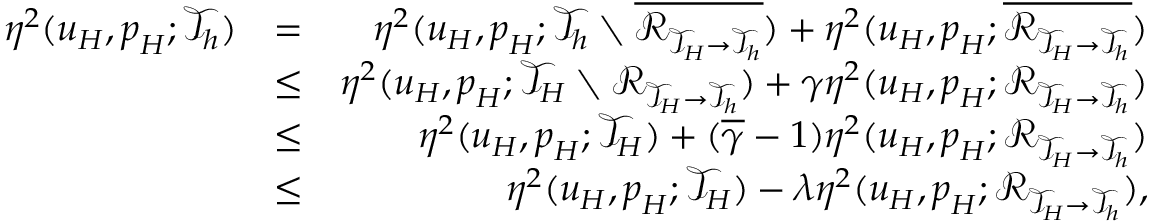
\begin{array} { r l r } { \eta ^ { 2 } ( \boldsymbol { u } _ { H } , \boldsymbol { p } _ { H } ; \mathcal { T } _ { h } ) } & { = } & { \eta ^ { 2 } ( \boldsymbol { u } _ { H } , \boldsymbol { p } _ { H } ; \mathcal { T } _ { h } \setminus \overline { { \mathcal { R } _ { \mathcal { T } _ { H } \rightarrow \mathcal { T } _ { h } } } } ) + \eta ^ { 2 } ( \boldsymbol { u } _ { H } , \boldsymbol { p } _ { H } ; \overline { { \mathcal { R } _ { \mathcal { T } _ { H } \rightarrow \mathcal { T } _ { h } } } } ) } \\ & { \leq } & { \eta ^ { 2 } ( \boldsymbol { u } _ { H } , \boldsymbol { p } _ { H } ; \mathcal { T } _ { H } \setminus \mathcal { R } _ { \mathcal { T } _ { H } \rightarrow \mathcal { T } _ { h } } ) + \gamma \eta ^ { 2 } ( \boldsymbol { u } _ { H } , \boldsymbol { p } _ { H } ; \mathcal { R } _ { \mathcal { T } _ { H } \rightarrow \mathcal { T } _ { h } } ) } \\ & { \leq } & { \eta ^ { 2 } ( \boldsymbol { u } _ { H } , \boldsymbol { p } _ { H } ; \mathcal { T } _ { H } ) + ( \overline { { \gamma } } - 1 ) \eta ^ { 2 } ( \boldsymbol { u } _ { H } , \boldsymbol { p } _ { H } ; \mathcal { R } _ { \mathcal { T } _ { H } \rightarrow \mathcal { T } _ { h } } ) } \\ & { \leq } & { \eta ^ { 2 } ( \boldsymbol { u } _ { H } , \boldsymbol { p } _ { H } ; \mathcal { T } _ { H } ) - \lambda \eta ^ { 2 } ( \boldsymbol { u } _ { H } , \boldsymbol { p } _ { H } ; \mathcal { R } _ { \mathcal { T } _ { H } \rightarrow \mathcal { T } _ { h } } ) , } \end{array}